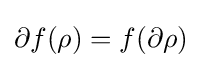
\partial f(\rho )=f(\partial \rho )